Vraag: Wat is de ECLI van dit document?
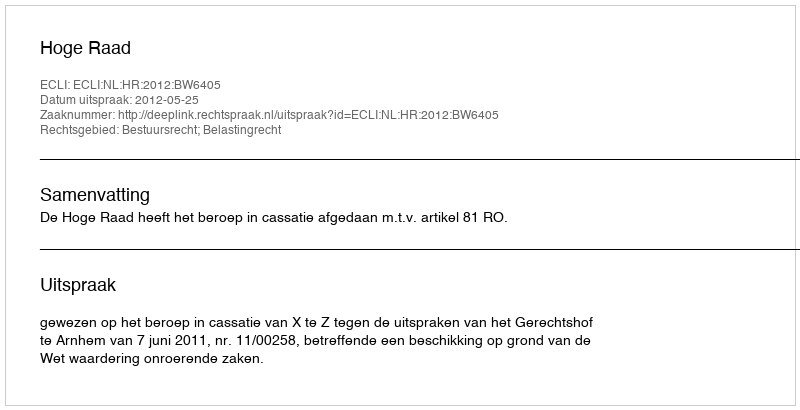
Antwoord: ECLI:NL:HR:2012:BW6405